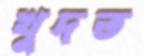
খুদত